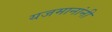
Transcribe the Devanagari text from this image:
यजमानांनी